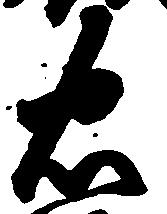
忠